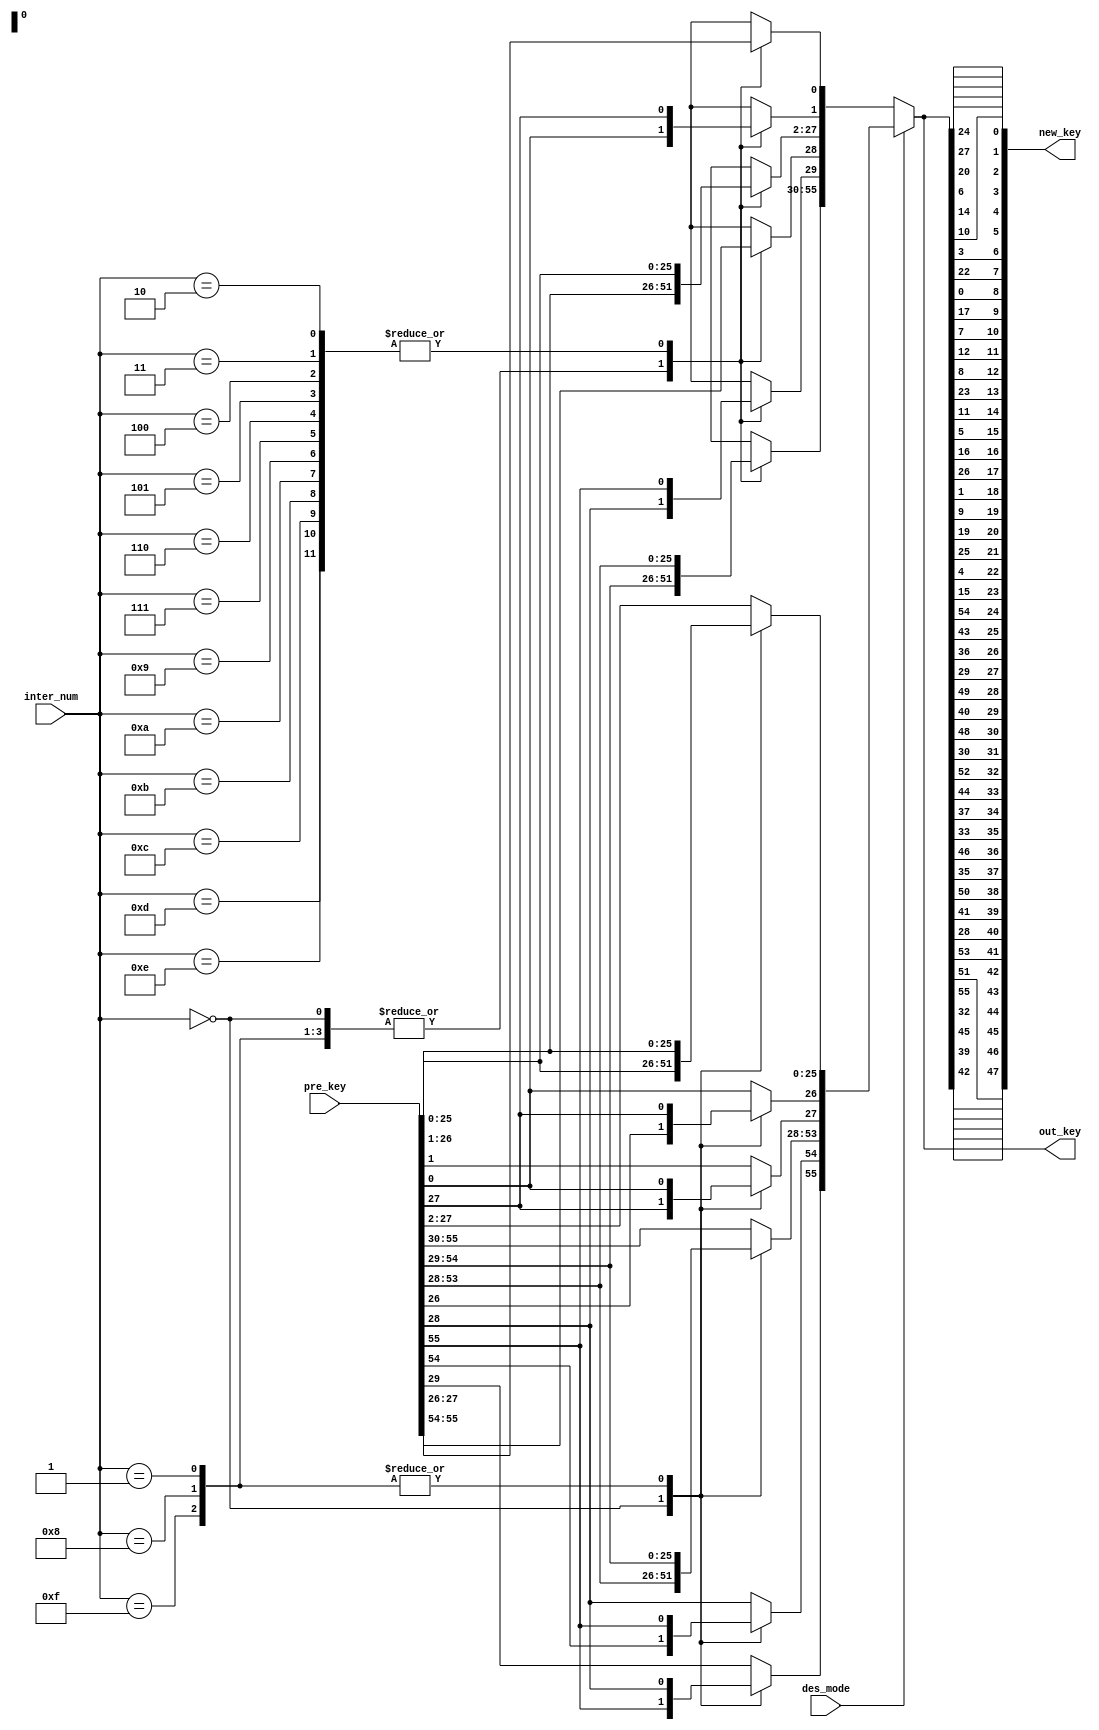
module key_get(input [1:56] pre_key,
			   input des_mode,
               input [3:0] inter_num,
               output wire [1:48] new_key,
               output reg [1:56] out_key);
              
  
  reg pre_key_0, pre_key_1;
  reg [1:56] pre_key_var;
              
  always @(*)
  begin
  if(des_mode == 1'b0)
	  begin
		case(inter_num)
		 4'd0, 4'd1, 4'd8, 4'd15:
		 begin
		   pre_key_var = pre_key;
		   pre_key_0 = pre_key_var[1];
		   pre_key_var[1:28] =  pre_key_var[1:28] << 1;
		   pre_key_var[28] = pre_key_0;
		   pre_key_0 = pre_key_var[29];
		   pre_key_var[29:56] =  pre_key_var[29:56] << 1;
		   pre_key_var[56] = pre_key_0;  
		 end     
		4'd2, 4'd3, 4'd4, 4'd5, 4'd6, 4'd7, 4'd9, 4'd10, 4'd11, 4'd12, 4'd13, 4'd14:
		 begin
		   pre_key_var = pre_key;
		   {pre_key_1, pre_key_0} = pre_key_var[1:2];
		   pre_key_var[1:28] =  pre_key_var[1:28] << 2;
		   pre_key_var[27:28] = {pre_key_1, pre_key_0};
		   {pre_key_1, pre_key_0} = pre_key_var[29:30];
		   pre_key_var[29:56] =  pre_key_var[29:56] << 2;
		   pre_key_var[55:56] = {pre_key_1, pre_key_0};  
		end  
	  endcase
	  end
	else
	begin
	    case(inter_num)
			4'd0: pre_key_var = pre_key;
			4'd1, 4'd8, 4'd15:
			begin
			   pre_key_var = pre_key;
			   pre_key_0 = pre_key_var[28];
			   pre_key_var[1:28] =  pre_key_var[1:28] >> 1;
			   pre_key_var[1] = pre_key_0;
			   pre_key_0 = pre_key_var[56];
			   pre_key_var[29:56] =  pre_key_var[29:56] >> 1;
			   pre_key_var[29] = pre_key_0;  
			 end     
			default: 
			 begin   
			   pre_key_var = pre_key;
			   {pre_key_1, pre_key_0} = pre_key_var[27:28];
			   pre_key_var[1:28] =  pre_key_var[1:28] >> 2;
			   pre_key_var[1:2] = {pre_key_1, pre_key_0};
			   {pre_key_1, pre_key_0} = pre_key_var[55:56];
			   pre_key_var[29:56] =  pre_key_var[29:56] >> 2;
			   pre_key_var[29:30] = {pre_key_1, pre_key_0};  
			end  
		endcase
	end
	out_key = pre_key_var;
  end
    
	
    assign   new_key  =  {pre_key_var[14],pre_key_var[17],pre_key_var[11],pre_key_var[24],pre_key_var[1],pre_key_var[5],

						  pre_key_var[3],pre_key_var[28],pre_key_var[15],pre_key_var[6],pre_key_var[21],pre_key_var[10],

					      pre_key_var[23],pre_key_var[19],pre_key_var[12],pre_key_var[4],pre_key_var[26],pre_key_var[8],

					      pre_key_var[16],pre_key_var[7],pre_key_var[27],pre_key_var[20],pre_key_var[13],pre_key_var[2],

					      pre_key_var[41],pre_key_var[52],pre_key_var[31],pre_key_var[37],pre_key_var[47],pre_key_var[55],

				          pre_key_var[30],pre_key_var[40],pre_key_var[51],pre_key_var[45],pre_key_var[33],pre_key_var[48],

				          pre_key_var[44],pre_key_var[49],pre_key_var[39],pre_key_var[56],pre_key_var[34],pre_key_var[53],

				          pre_key_var[46],pre_key_var[42],pre_key_var[50],pre_key_var[36],pre_key_var[29],pre_key_var[32]};
   

endmodule